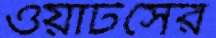
ওয়াটসের